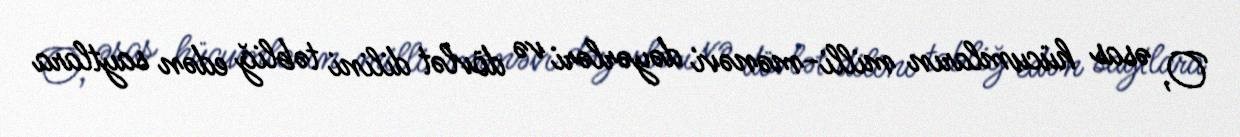
O, əsas hücumların milli-mənəvi dəyərləri və dövlət dilini təbliğ edən saytlara